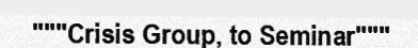
"""Crisis Group, to Seminar"""